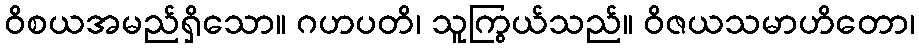
ဝိစယအမည်ရှိသော။ ဂဟပတိ၊ သူကြွယ်သည်။ ဝိဇယသမာဟိတော၊